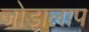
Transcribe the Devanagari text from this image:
जोड़ालाप